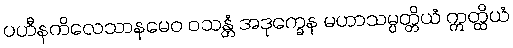
ပဟီနကိလေသာနမေဝ ဝသန္တံ အဒုက္ခေန မဟာသမ္ပတ္တိယံ ဣတ္ထိယံ